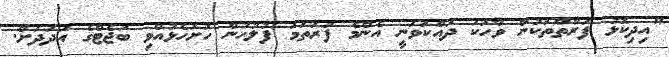
"އިދިކޮޅު ފަރާތްތަކުން ވާހަކަ ދައްކަވަނީ އެންމެ ފުރަތަމަ ފުލުހުން ހުށަހެޅުއްވި ބަޖެޓްގެ އަދަދަށް.